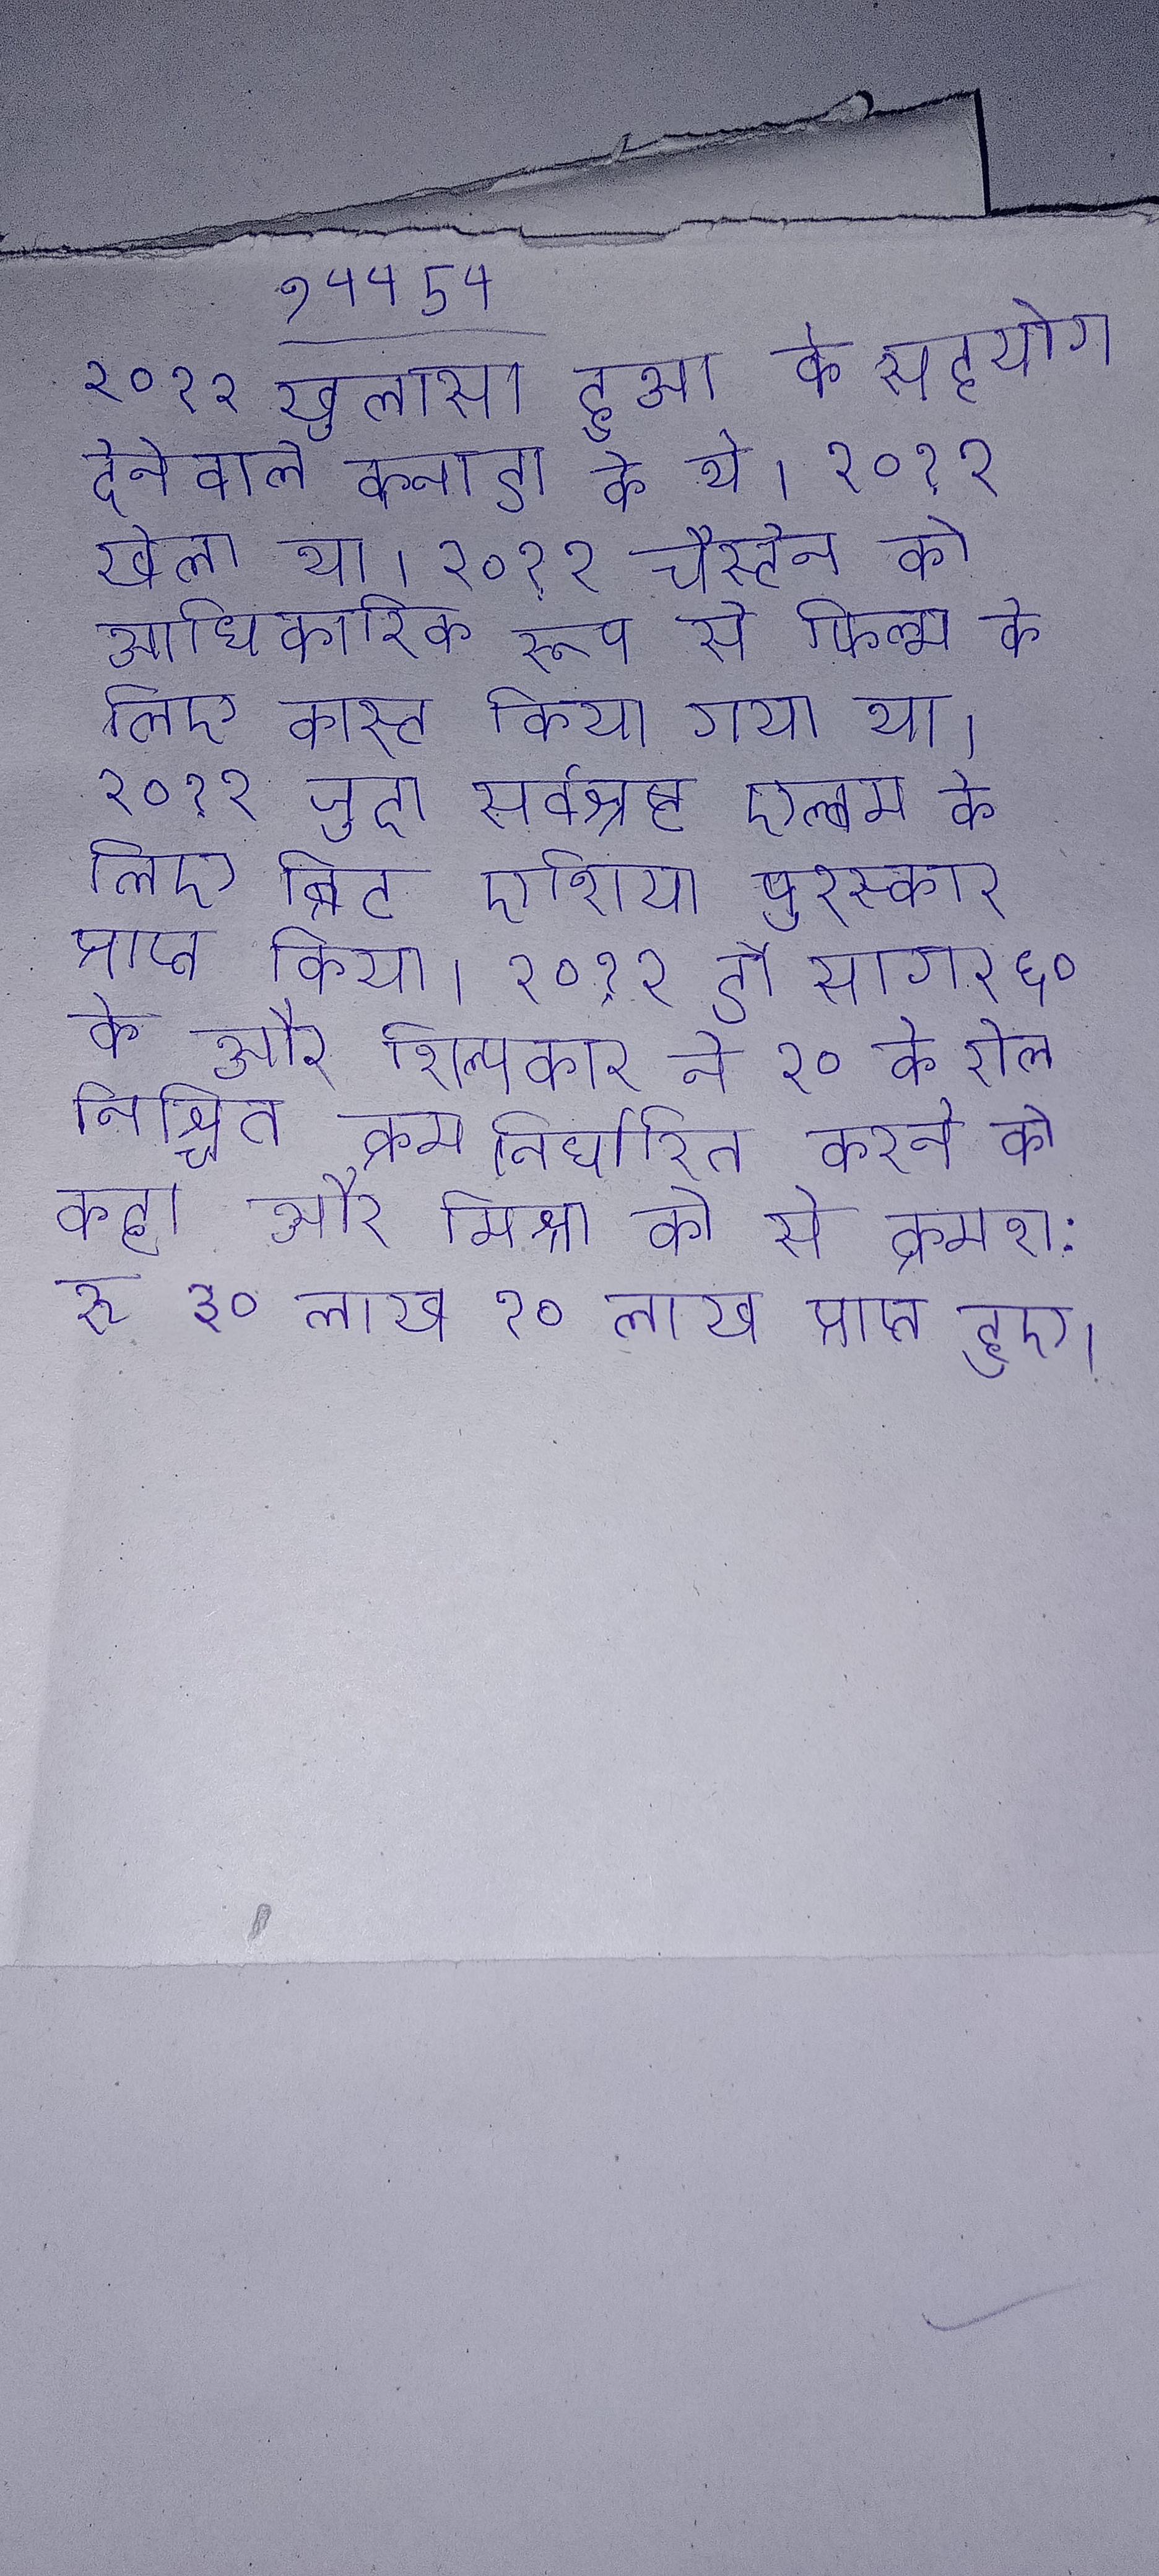
२०१२ खुलासा हुआ के सहयोग देनेवाले कनाडा के थे । २०१२ खेला था । २०१२ चैस्टेन को आधिकारिक रूप से फिल्म के लिए कास्ट किया गया था । २०१२ जुदा सर्वश्रेष्ठ एल्बम के लिए ब्रिट एशिया पुरस्कार प्राप्त किया । २०१२ डॉ सागर ६० के और शिल्पकार ने २० के रोल निश्चित क्रम निर्धारित करने को कहा और मिश्रा को से क्रमश: रु ३० लाख १० लाख प्राप्त हुए ।